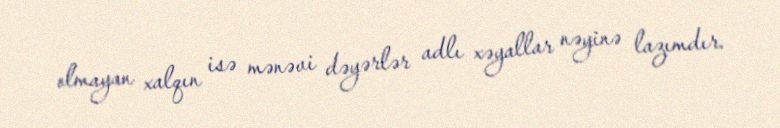
olmayan xalqın isə mənəvi dəyərlər adlı xəyallar nəyinə lazımdır.